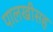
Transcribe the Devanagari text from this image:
पालखीसह